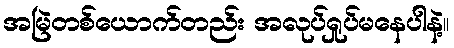
အမြဲတစ်ယောက်တည်း အလုပ်ရှုပ်မနေပါနဲ့။